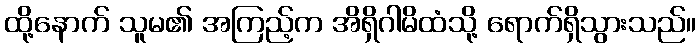
ထို့နောက် သူမ၏ အကြည့်က အိရှိဂါမိထံသို့ ရောက်ရှိသွားသည်။